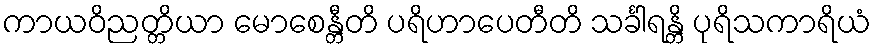
ကာယဝိညတ္တိယာ မောစေန္တီတိ ပရိဟာပေတီတိ သင်္ခါရန္တိ ပုရိသကာရိယံ